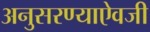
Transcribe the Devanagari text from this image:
अनुसरण्‍याऐवजी